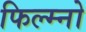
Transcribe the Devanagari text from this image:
फिल्म्नो